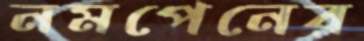
নমপেনের